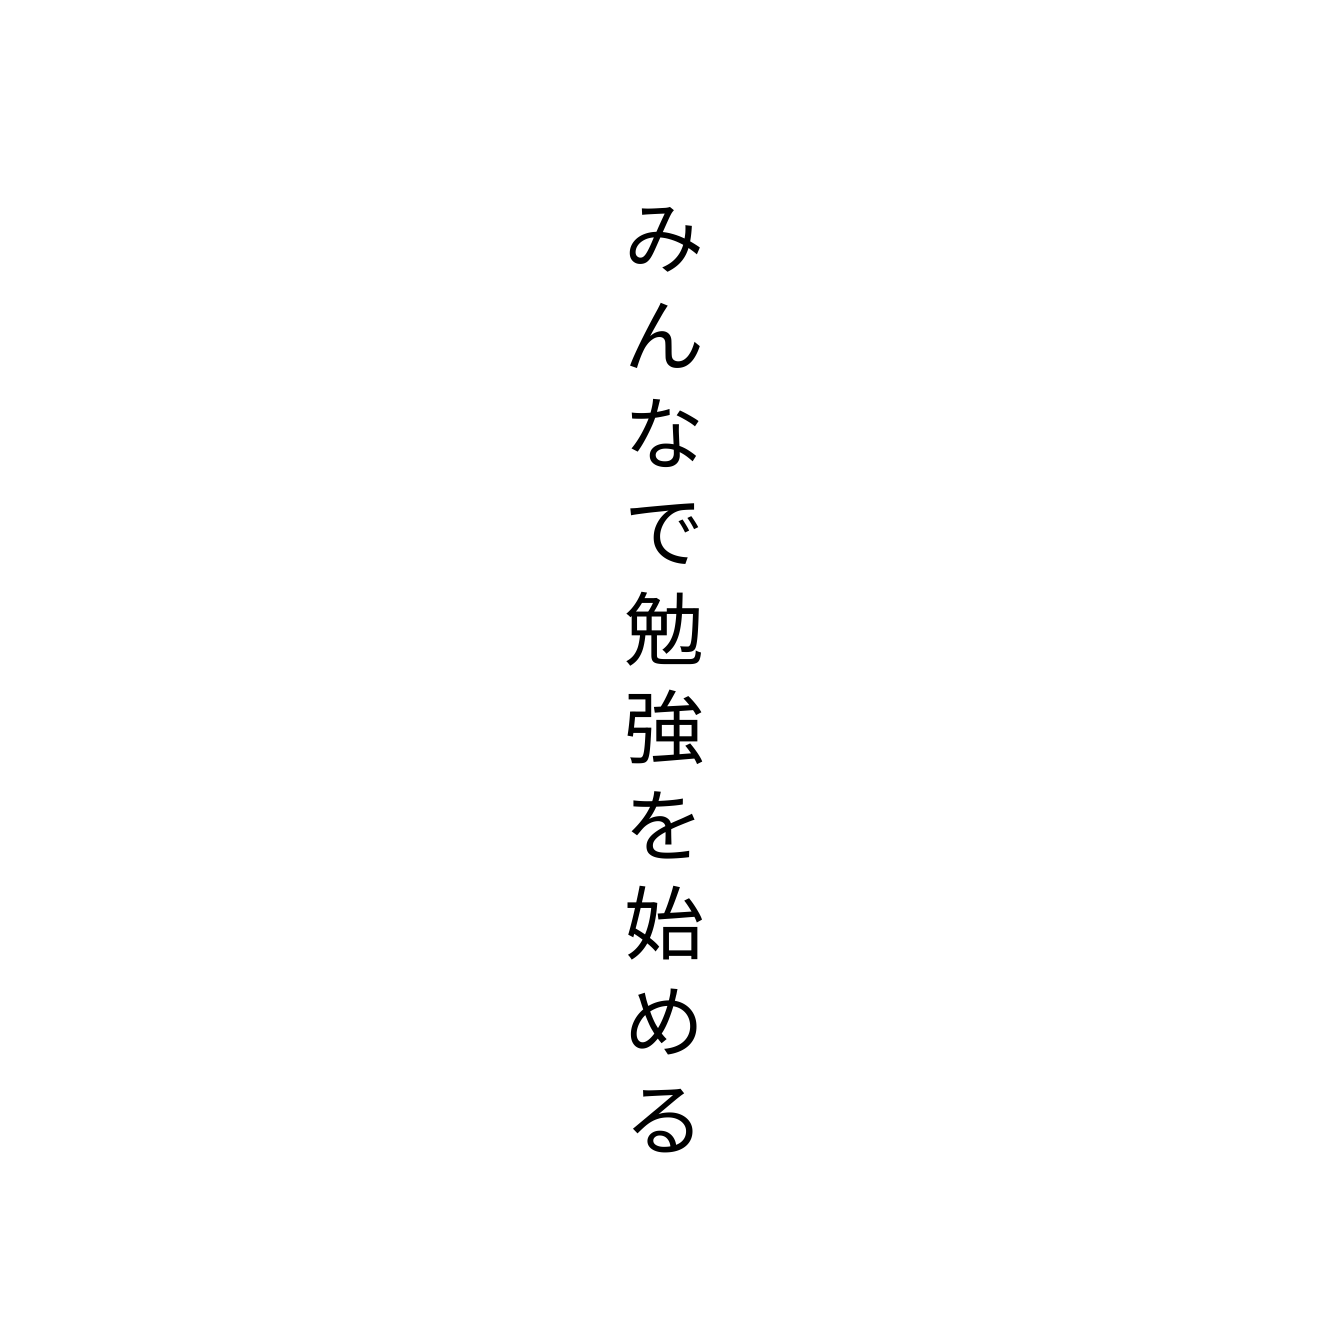
みんなで勉強を始める